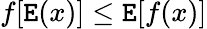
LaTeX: f[\mathtt{E}(x)]\leq\mathtt{E}[f(x)]